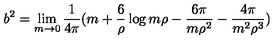
b ^ { 2 } = \lim _ { m \rightarrow 0 } { \frac { 1 } { 4 \pi } } ( m + { \frac { 6 } { \rho } } \log m \rho - { \frac { 6 \pi } { m \rho ^ { 2 } } } - { \frac { 4 \pi } { m ^ { 2 } \rho ^ { 3 } } } )